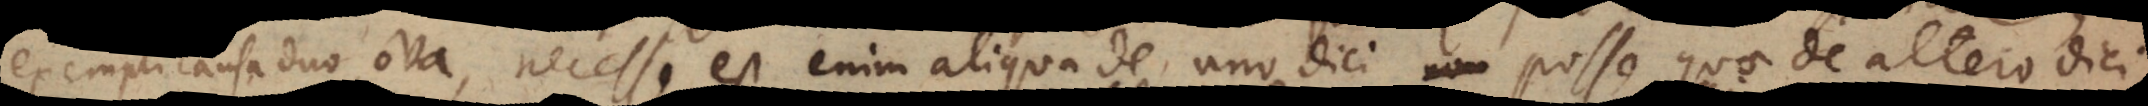
lia, necesse est enim aliqua de uno dici non posse quae de altero dici